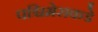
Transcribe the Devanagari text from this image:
पश्चिमेसकडे